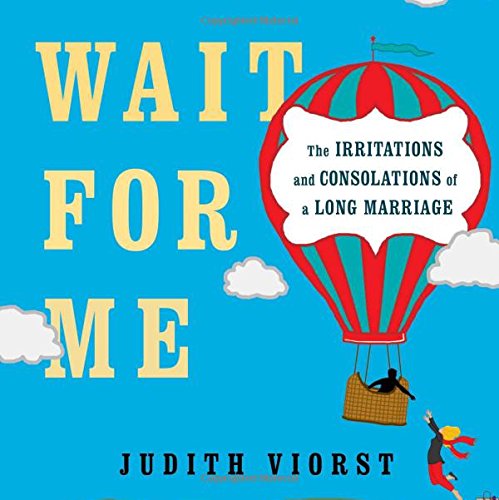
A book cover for Wait for Me: And Other Poems About the Irritations and Consolations of a Long Marriage; Judith Viorst; Humor & Entertainment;